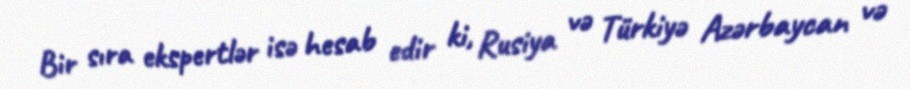
Bir sıra ekspertlər isə hesab edir ki, Rusiya və Türkiyə Azərbaycan və